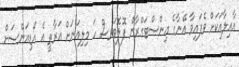
އާއިލާއަކަށް ވެފައިވާ އޭނާގެ އިންސްޓަގްރާން ފޮލޮވަރސް ހަ މިލިއަނަށް އަރާތީ އެ އޯޑިއަންސަށް